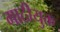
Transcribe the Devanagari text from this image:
गाठीयुक्त